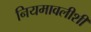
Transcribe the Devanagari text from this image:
नियमावलीशी